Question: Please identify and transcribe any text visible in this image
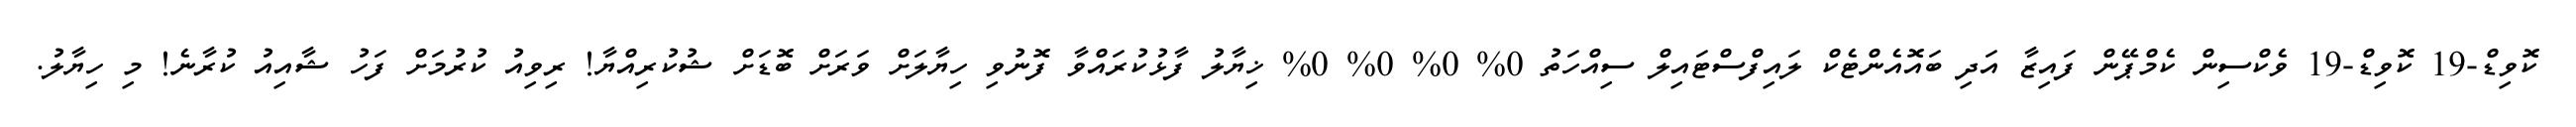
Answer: ކޮވިޑް-19 ކޮވިޑް-19 ވެކްސިން ކެމްޕޭން ފައިޒާ އަދި ބައޮއެންޓެކް ލައިފްސްޓައިލް ސިއްހަތު 0% 0% 0% 0% ޚިޔާލު ފާޅުކުރައްވާ ފޮނުވި ހިޔާލަށް ވަރަށް ބޮޑަށް ޝުކުރިއްޔާ! ރިވިއު ކުރުމަށް ފަހު ޝާއިއު ކުރާނެ! މި ހިޔާލު.